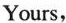
Yours,